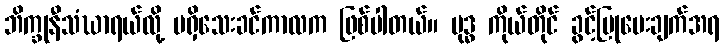
ဘိက္ခုနီသံဃာရယ်လို့ မရှိသေးခင်ကာလက ဖြစ်ပါတယ်။ ဗုဒ္ဓ ကိုယ်တိုင် ခွင့်ပြုပေးချက်အရ